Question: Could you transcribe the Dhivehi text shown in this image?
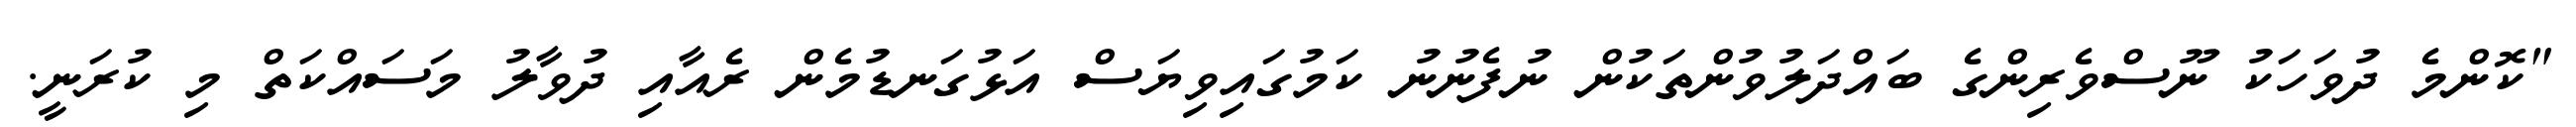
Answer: "ކޮންމެ ދުވަހަކު ނޫސްވެރިންގެ ބައްދަލުވުންތަކުން ނުފެނުނު ކަމުގައިވިޔަސް އަޅުގަނޑުމެން ރެއާއި ދުވާލު މަސައްކަތް މި ކުރަނީ.